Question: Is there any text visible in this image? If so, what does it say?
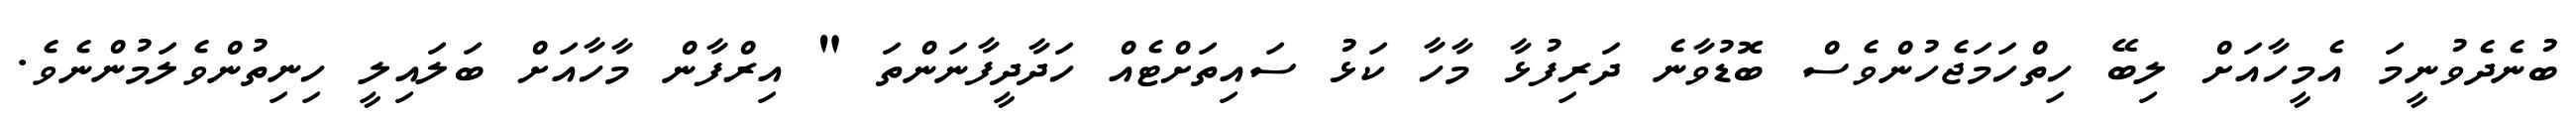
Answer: ބުނެދެވުނީމަ އެމީހާއަށް ލިބޭ ހިތްހަމަޖެހުންވެސް ބޮޑުވާނެ ދަރިފުޅާ މާހާ ކަޅު ސައިތަށްޓެއް ހަދާދީފާނަންތަ " އިރްފާން މާހާއަށް ބަލައިލީ ހިނިތުންވެލަމުންނެވެ.